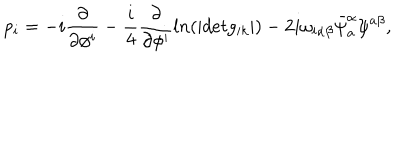
p _ { i } = - i \frac { \partial } { \partial \phi ^ { i } } - \frac { i } { 4 } \frac { \partial } { \partial \phi ^ { i } } l n ( | d e t g _ { i k } | ) - 2 i \omega _ { i \alpha \beta } \bar { \psi } _ { a } ^ { \alpha } \psi ^ { a \beta } ,